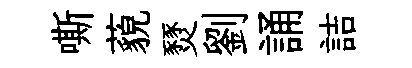
嘶藐燹劉誦詰